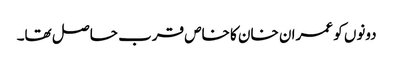
دونوں کو عمران خان کا خاص قرب حا صل تھا۔